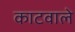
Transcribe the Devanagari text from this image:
काटवाले